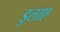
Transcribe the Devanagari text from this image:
डुलाए